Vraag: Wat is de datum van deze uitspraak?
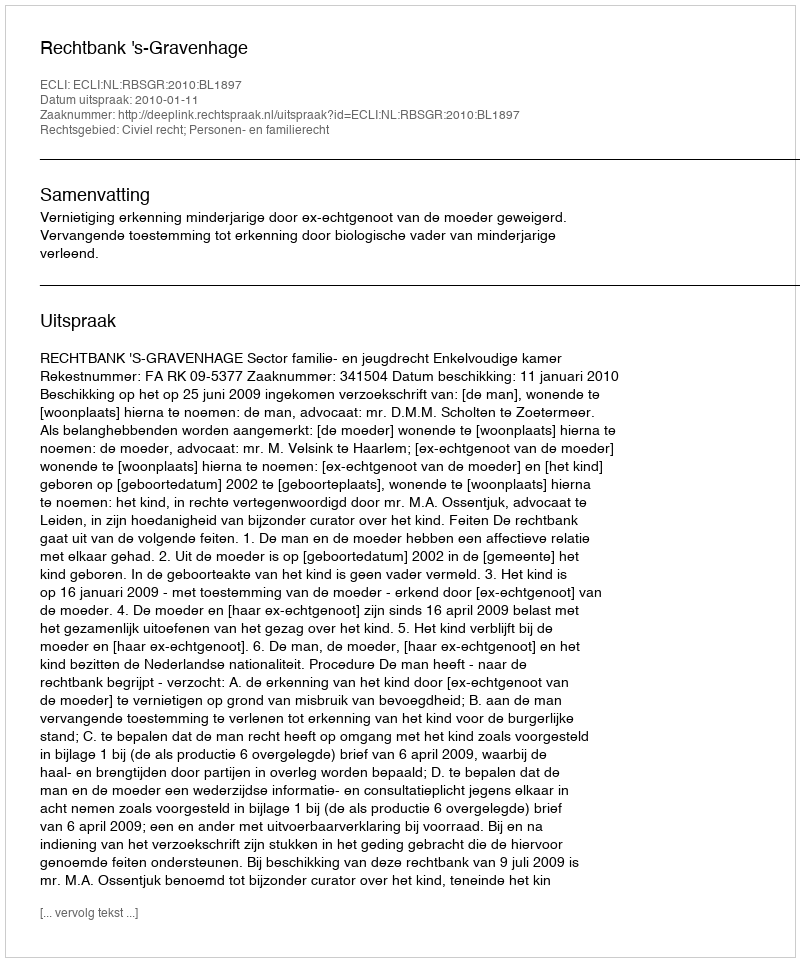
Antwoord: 2010-01-11